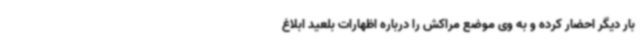
بار دیگر احضار کرده و به وی موضع مراکش را درباره اظهارات بلعید ابلاغ